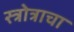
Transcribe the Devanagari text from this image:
स्त्रोत्राचा